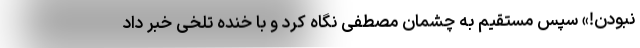
نبودن!» سپس مستقیم به چشمان مصطفی نگاه کرد و با خنده تلخی خبر داد